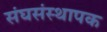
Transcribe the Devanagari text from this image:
संघसंस्थापक